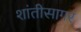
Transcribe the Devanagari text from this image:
शांतीसागर